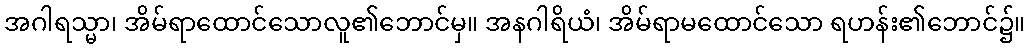
အဂါရသ္မာ၊ အိမ်ရာထောင်သောလူ၏ဘောင်မှ။ အနဂါရိယံ၊ အိမ်ရာမထောင်သော ရဟန်း၏ဘောင်၌။